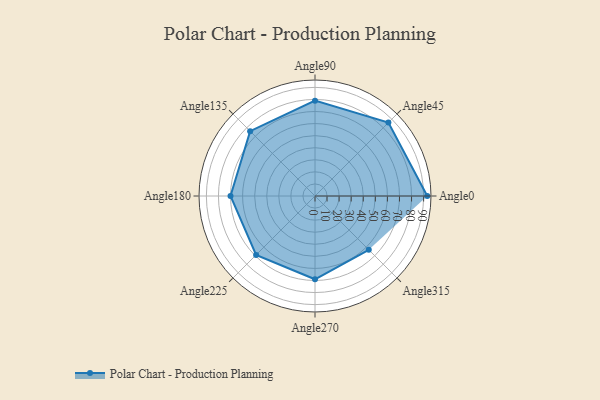
{"axis": {"x": "Angle", "y": "Radius"}, "legend": [""], "data": [{"x": "Angle0", "y": 93.0, "type": ""}, {"x": "Angle45", "y": 86.0, "type": ""}, {"x": "Angle90", "y": 79.0, "type": ""}, {"x": "Angle135", "y": 76.0, "type": ""}, {"x": "Angle180", "y": 70.0, "type": ""}, {"x": "Angle225", "y": 69.0, "type": ""}, {"x": "Angle270", "y": 69.0, "type": ""}, {"x": "Angle315", "y": 63.0, "type": ""}]}